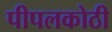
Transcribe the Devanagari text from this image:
पीपलकोठी